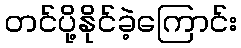
တင်ပို့နိုင်ခဲ့ကြောင်း